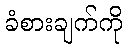
ခံစားချက်ကို